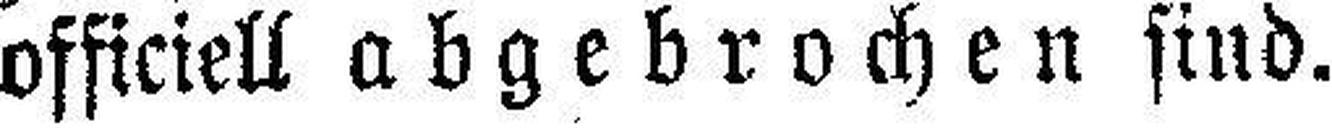
officiell abgebrochen sind.